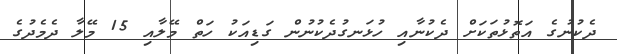
ދެކުނުގެ އަތޮޅުތަކަށް ދެކުނާއި ހުޅަނގުދެކުނުން ގަޑިއަކު ހަތް މޭލާއި 15 މޭލާ ދެމެދުގެ